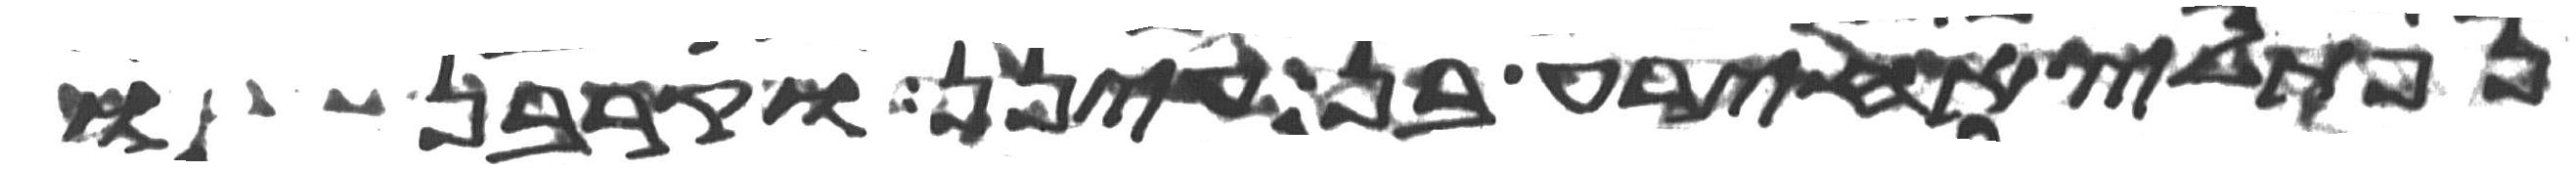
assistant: נפתלי אחירע בן עינן וקרבנו